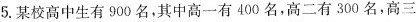
5.某校高中生有900名，其中高一有400名，高二有300名，高三